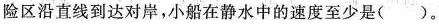
险区沿直线到达对岸，小船在静水中的速度至少是()。